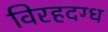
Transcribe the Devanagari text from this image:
विरहदग्ध